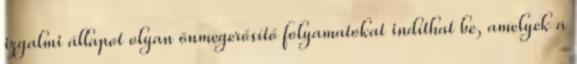
izgalmi állapot olyan önmegerősítő folyamatokat indíthat be, amelyek a